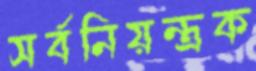
সর্বনিয়ন্ত্রক